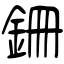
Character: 銏